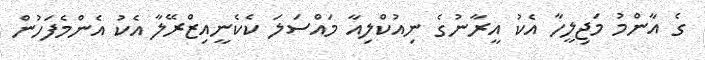
ގެ އާންމު މަޖިލީހާ އެކު އީރާނުގެ ނިއުކްލިއާ މައްސަލަ ކެކެނީއިޒްރޭލާ އެކު އެންމެފަހުން